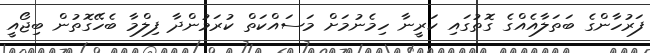
ފަރުހާންގެ ބަތަލާއެއްގެ ގޮތުގައި ކަރީނާ ހިމެނުމަށް މަސައްކަތް ކުރަމުންދާ ފިލްމާ ބެހޭގޮތުން ބިޖޯއީ